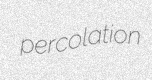
percolation